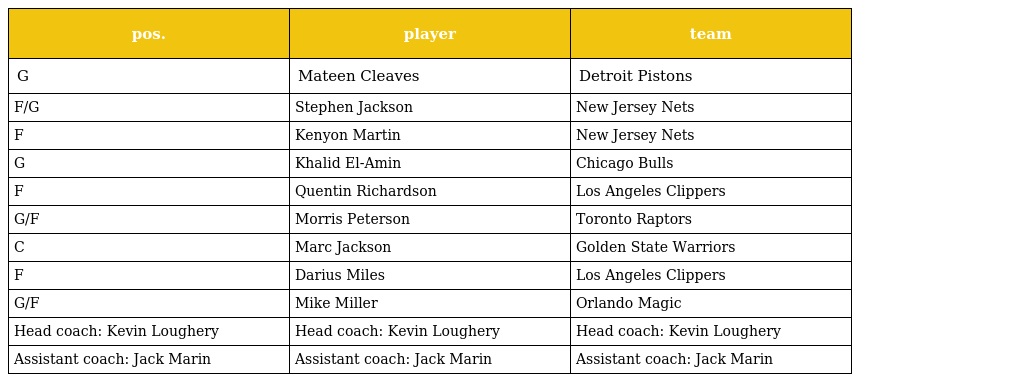
| pos. | player | team |
 | --- | --- | --- |
 | G | Mateen Cleaves | Detroit Pistons |
 | F/G | Stephen Jackson | New Jersey Nets |
 | F | Kenyon Martin | New Jersey Nets |
 | G | Khalid El-Amin | Chicago Bulls |
 | F | Quentin Richardson | Los Angeles Clippers |
 | G/F | Morris Peterson | Toronto Raptors |
 | C | Marc Jackson | Golden State Warriors |
 | F | Darius Miles | Los Angeles Clippers |
 | G/F | Mike Miller | Orlando Magic |
 | Head coach: Kevin Loughery | Head coach: Kevin Loughery | Head coach: Kevin Loughery |
 | Assistant coach: Jack Marin | Assistant coach: Jack Marin | Assistant coach: Jack Marin |